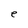
Character: e